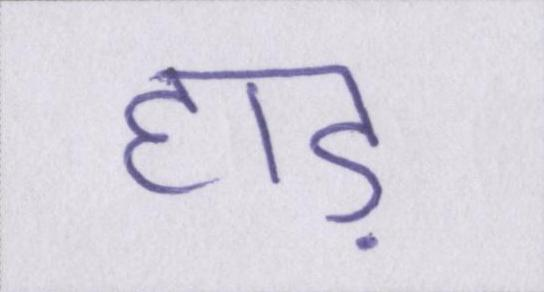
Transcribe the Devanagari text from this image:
हाड़